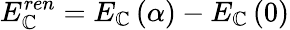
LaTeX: E_{\mathbb{C}}^{ren}=E_{\mathbb{C}}\left(\alpha\right)-E_{\mathbb{C}}\left(0\right)